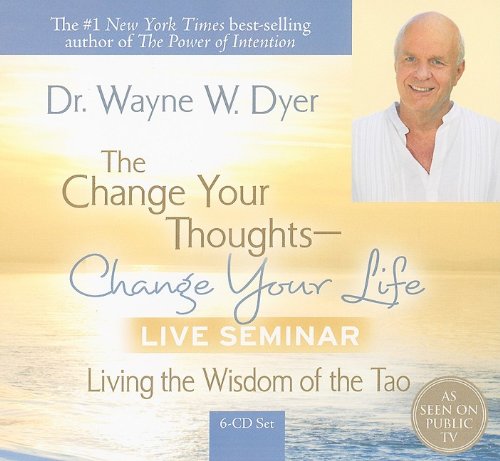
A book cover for The Change Your Thoughts - Change Your Life, Live Seminar!: Living the Wisdom of the Tao; Dr. Wayne W. Dyer; Religion & Spirituality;